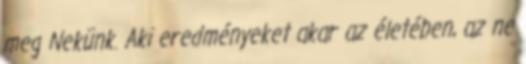
meg Nekünk. Aki eredményeket akar az életében, az ne